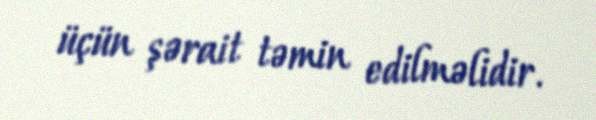
üçün şərait təmin edilməlidir.